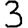
Digit: 3